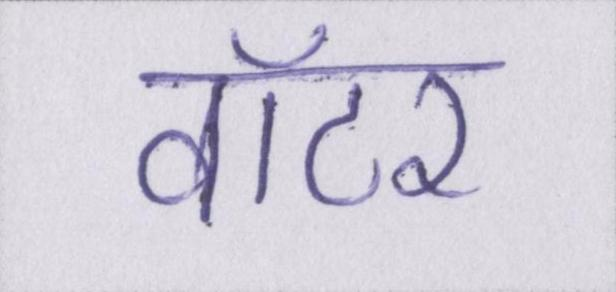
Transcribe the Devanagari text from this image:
वॉटर